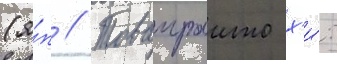
(я́п // Товаираито х'и́: